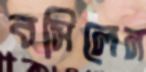
বসিলেন